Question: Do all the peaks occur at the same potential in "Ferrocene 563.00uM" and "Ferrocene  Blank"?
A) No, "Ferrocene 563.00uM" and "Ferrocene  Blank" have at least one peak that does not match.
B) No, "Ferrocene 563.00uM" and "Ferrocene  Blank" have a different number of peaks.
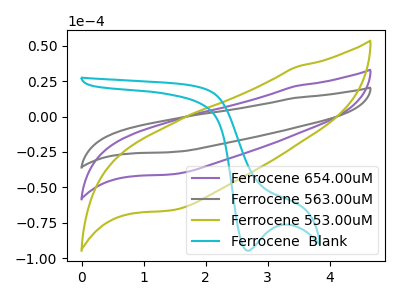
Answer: <think>The purple curve "Ferrocene 654.00uM" has no peaks. The gray curve "Ferrocene 563.00uM" has no peaks. The olive curve "Ferrocene 553.00uM" has no peaks. The cyan curve "Ferrocene  Blank" has a cathodic peak at: (2.70V, -94.65uA).</think>
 <answer>B) No, "Ferrocene 563.00uM" and "Ferrocene  Blank" have a different number of peaks.</answer>
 <eval>B</eval>